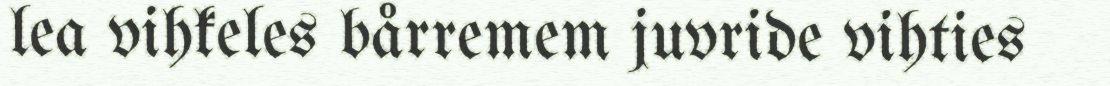
lea vihkeles bårremem juvride vihties